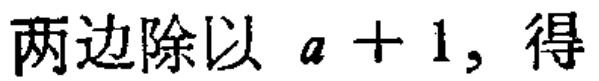
两边除以 \(a + 1,\) 得